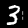
Digit: 3